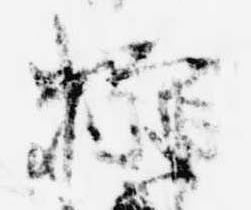
釋